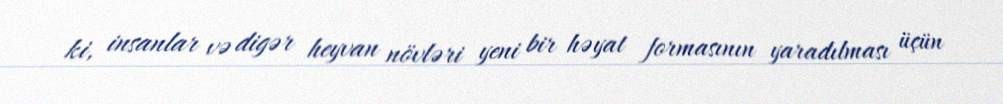
ki, insanlar və digər heyvan növləri yeni bir həyat formasının yaradılması üçün